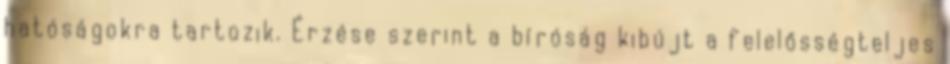
hatóságokra tartozik. Érzése szerint a bíróság kibújt a felelősségteljes